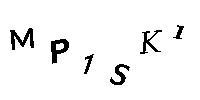
MP1SK1